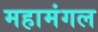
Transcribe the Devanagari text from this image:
महामंगल